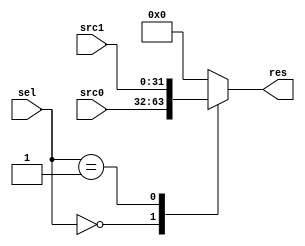
`timescale 1ns / 1ps

module MUX_op1_sel(
input [31:0] src0,
input [31:0] src1,
input [1:0] sel,
output reg [31:0] res
);

parameter op1_choose_rd0=2'd0;
parameter op1_choose_pc=2'd1;
parameter op1_choose_zero=2'd2;

always@(*)
begin
    case(sel)
        op1_choose_rd0:
            res = src0;
        op1_choose_pc:
            res = src1;
        default:
            res = 0;
    endcase
end
endmodule